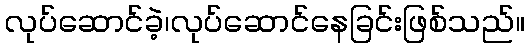
လုပ်ဆောင်ခဲ့၊လုပ်ဆောင်နေခြင်းဖြစ်သည်။